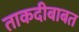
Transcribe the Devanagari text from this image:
ताकदीबाबत